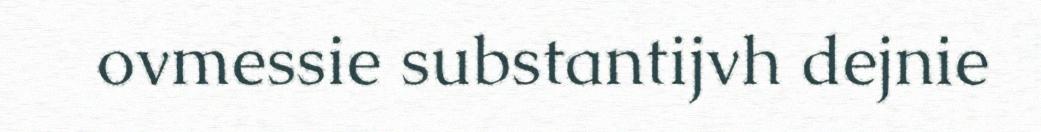
ovmessie substantijvh dejnie